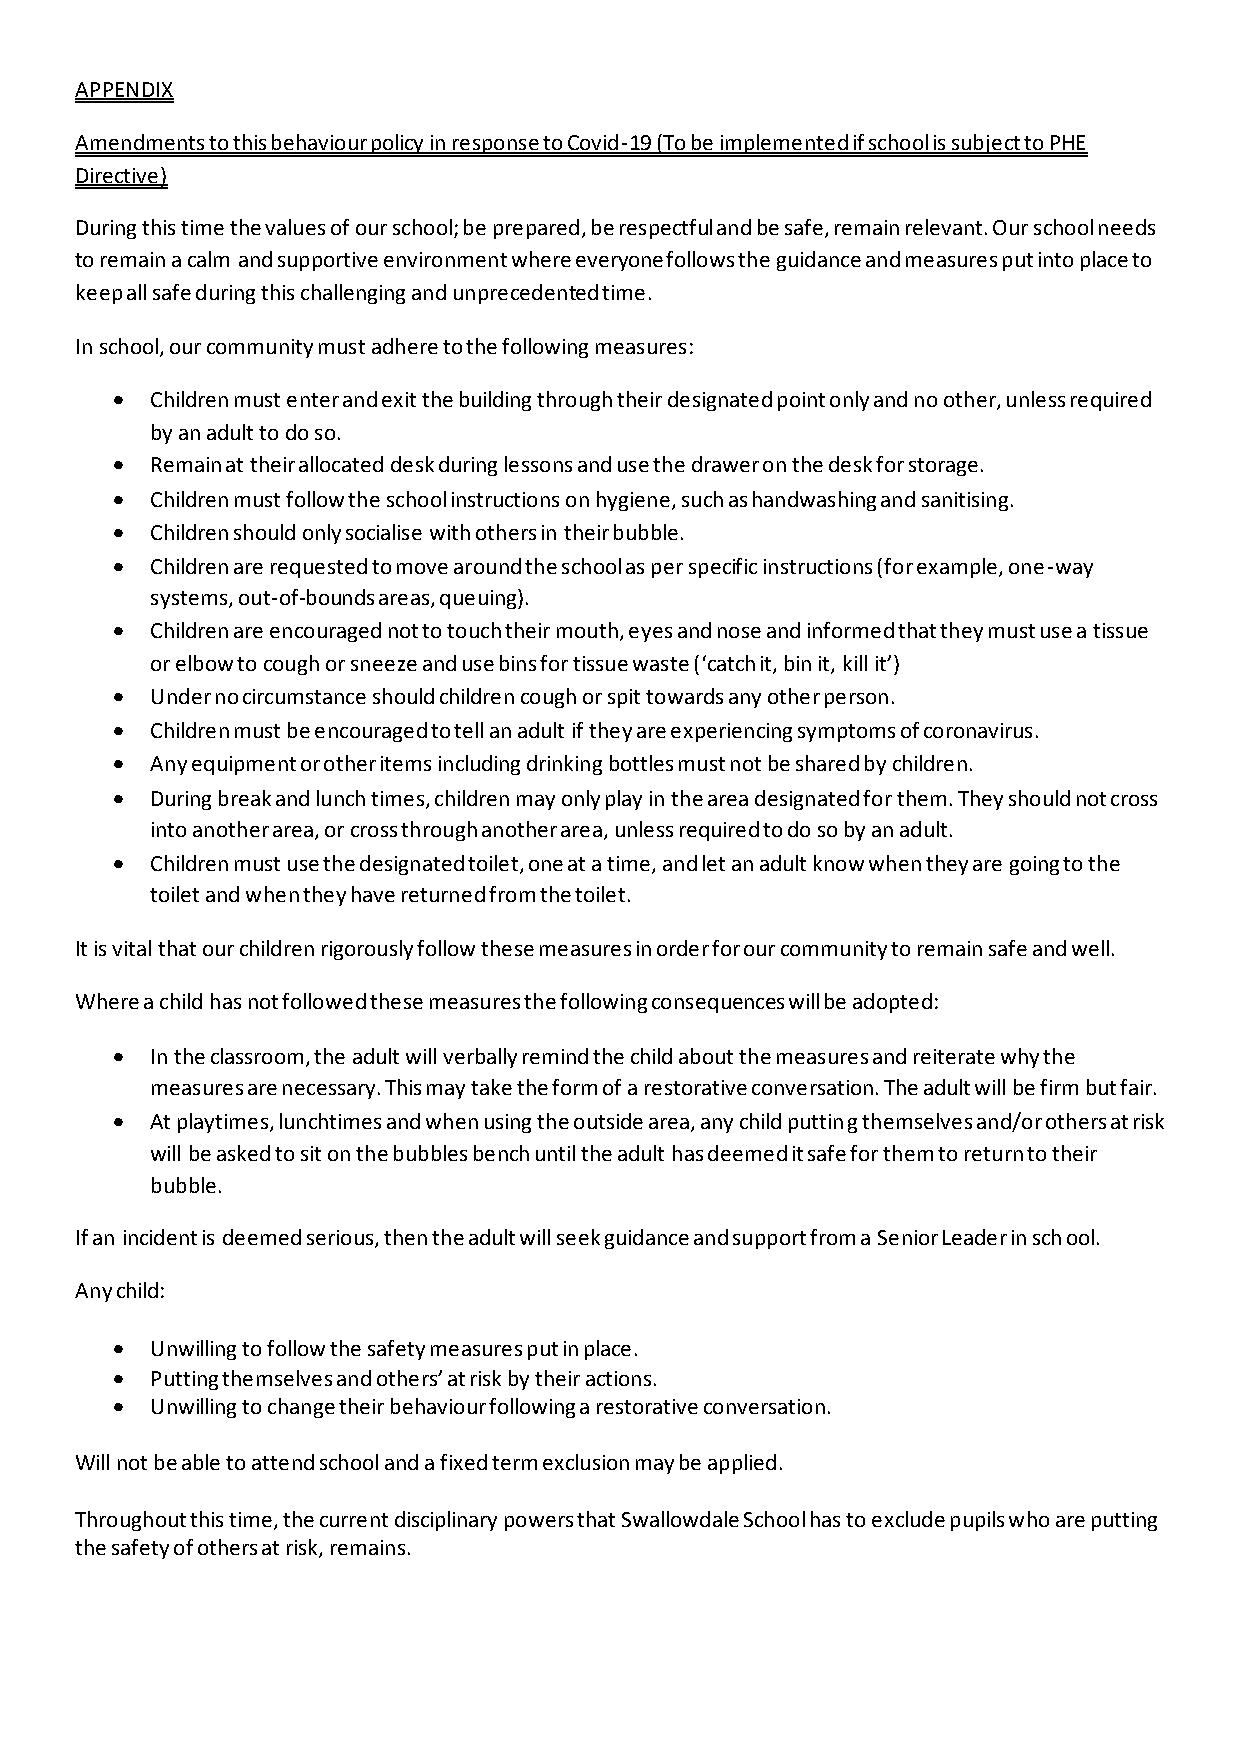
APPENDIX
 Amendments to this behaviour policy in response to Covid-19 (To be implemented if school is subject to PHE
 Directive)
 During this time the values of our school; be prepared, be respectful and be safe, remain relevant. Our school needs
 to remain a calm and supportive environment where everyone follows the guidance and measures put into place to
 keep all safe during this challenging and unprecedented time.
 In school, our community must adhere to the following measures:
 •  Children must enter and exit the building through their designated point only and no other, unless required
 by an adult to do so.
 •  Remain at their allocated desk during lessons and use the drawer on the desk for storage.
 •  Children must follow the school instructions on hygiene, such as handwashing and sanitising.
 •  Children should only socialise with others in their bubble.
 •  Children are requested to move around the school as per specific instructions (for example, one-way
 systems, out-of-bounds areas, queuing).
 •  Children are encouraged not to touch their mouth, eyes and nose and informed that they must use a tissue
 or elbow to cough or sneeze and use bins for tissue waste (‘catch it, bin it, kill it’)
 •  Under no circumstance should children cough or spit towards any other person.
 •  Children must be encouraged to tell an adult if they are experiencing symptoms of coronavirus.
 •  Any equipment or other items including drinking bottles must not be shared by children.
 •  During break and lunch times, children may only play in the area designated for them. They should not cross
 into another area, or cross through another area, unless required to do so by an adult.
 •  Children must use the designated toilet, one at a time, and let an adult know when they are going to the
 toilet and when they have returned from the toilet.
 It is vital that our children rigorously follow these measures in order for our community to remain safe and well.
 Where a child has not followed these measures the following consequences will be adopted:
 •  In the classroom, the adult will verbally remind the child about the measures and reiterate why the
 measures are necessary. This may take the form of a restorative conversation. The adult will be firm but fair.
 •  At playtimes, lunchtimes and when using the outside area, any child putting themselves and/or others at risk
 will be asked to sit on the bubbles bench until the adult has deemed it safe for them to return to their
 bubble.
 If an incident is deemed serious, then the adult will seek guidance and support from a Senior Leader in school.
 Any child:
 •  Unwilling to follow the safety measures put in place.
 •  Putting themselves and others’ at risk by their actions.
 •  Unwilling to change their behaviour following a restorative conversation.
 Will not be able to attend school and a fixed term exclusion may be applied.
 Throughout this time, the current disciplinary powers that Swallowdale School has to exclude pupils who are putting
 the safety of others at risk, remains.